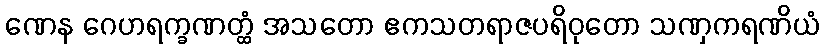
ဏေန ဂေဟရက္ခဏတ္ထံ အသတော ဧကသတရာဇပရိဝုတော သဏှကရဏိယံ